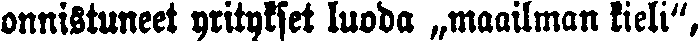
onnistuneet ylitykset luoda „maailman kieli",